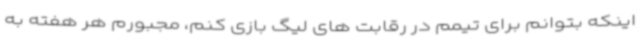
اینکه بتوانم برای تیمم در رقابت های لیگ بازی کنم، مجبورم هر هفته به